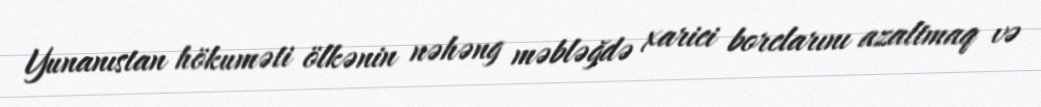
Yunanıstan hökuməti ölkənin nəhəng məbləğdə xarici borclarını azaltmaq və